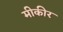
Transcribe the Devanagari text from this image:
मीकीर